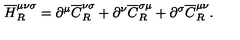
{ \overline { H } } _ { R } ^ { \mu \nu \sigma } = \partial ^ { \mu } { \overline { C } } _ { R } ^ { \nu \sigma } + \partial ^ { \nu } { \overline { C } } _ { R } ^ { \sigma \mu } + \partial ^ { \sigma } { \overline { C } } _ { R } ^ { \mu \nu } .